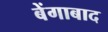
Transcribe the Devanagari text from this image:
बेंगाबाद